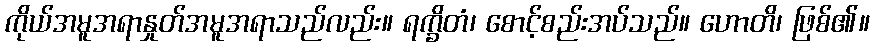
ကိုယ်အမူအရာနှုတ်အမူအရာသည်လည်း။ ရက္ခိတံ၊ စောင့်စည်းအပ်သည်။ ဟောတိ၊ ဖြစ်၏။